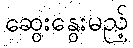
ဆွေးနွေးမည့်